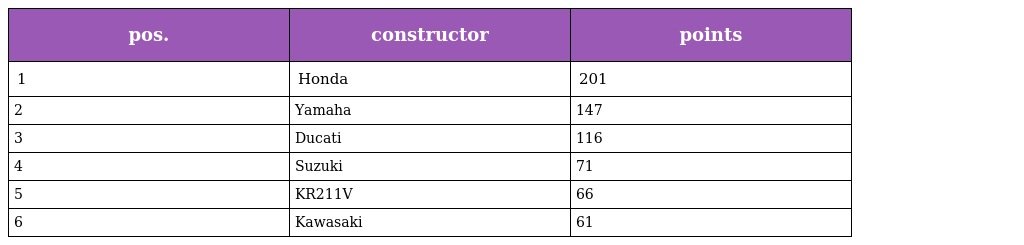
| pos. | constructor | points |
 | --- | --- | --- |
 | 1 | Honda | 201 |
 | 2 | Yamaha | 147 |
 | 3 | Ducati | 116 |
 | 4 | Suzuki | 71 |
 | 5 | KR211V | 66 |
 | 6 | Kawasaki | 61 |